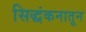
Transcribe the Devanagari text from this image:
सिद्धंकनातून